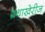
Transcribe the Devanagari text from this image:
ग्रंथाखेरीज